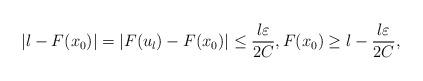
LaTeX: \begin{align*}|l-F(x_0)|=|F(u_l)-F(x_0)|\le \frac{l\varepsilon}{2C}, F(x_0)\ge l- \frac{l\varepsilon}{2C},\end{align*}